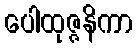
ပေါထုဇ္ဇနိကာ